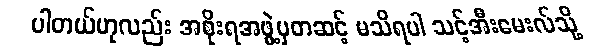
ပါတယ်ဟုလည်း အစိုးရအဖွဲ့မှတဆင့် မသိရပါ သင့်အီးမေးလ်သို့